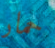
حمار